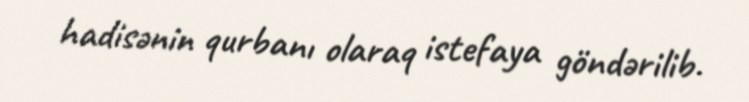
hadisənin qurbanı olaraq istefaya göndərilib.